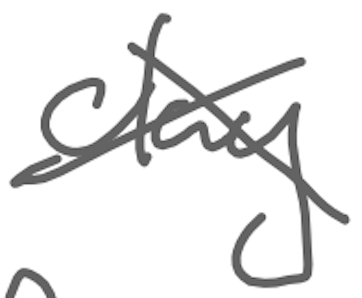
Text: clay
Cross-out: cross
Writing tool: digital_gray